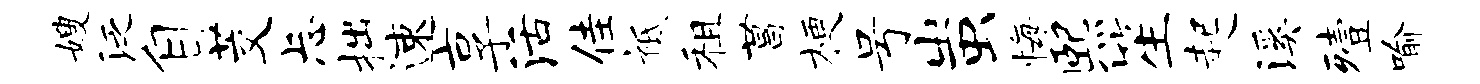
嫂泛自茭忐拙速享活佳祗租菖梗号蚩悔熙笙起溪殪喻